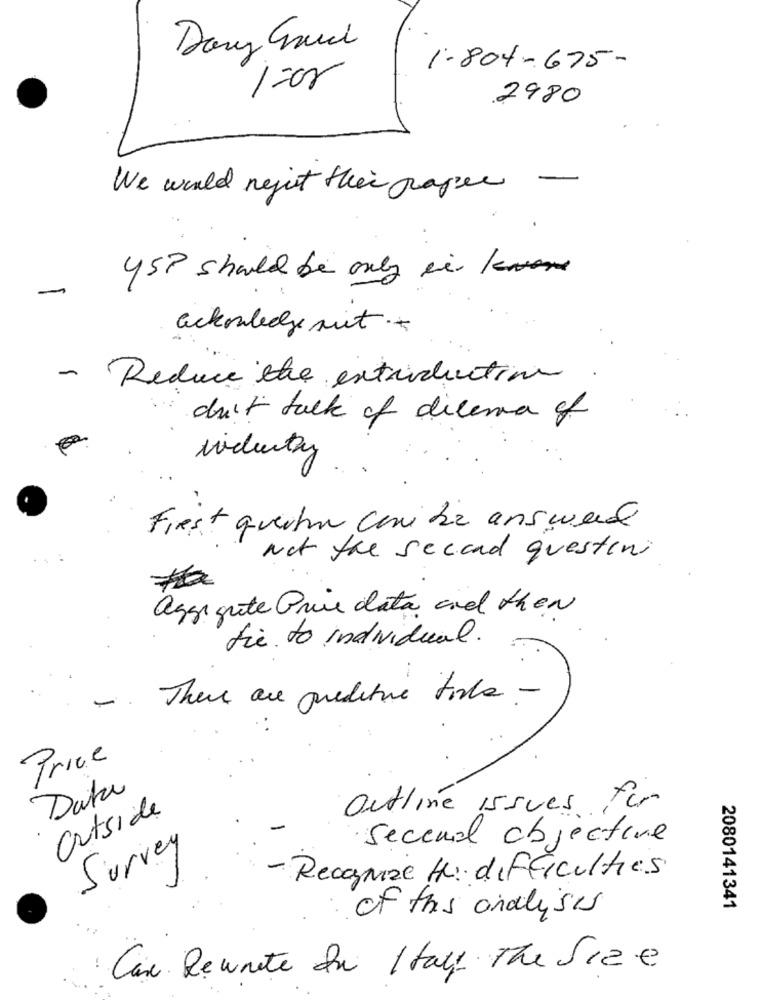
Dary Griech
1-804-675-
2980
We would nejist their graper -
457 should be only in know
-
ackowledge mit .+
-
Reduce the introduction
du't tack of dilema of
First quetu can be answered
Not the second questen
aggi gute Prive data and then
fie to individual.
-. There are predictive torka -
Price
Data
Outline issues für
Outside
·Second objective
Survey
- Recognize H: difficulties
of this analysis
2080141341
Can Rewrite In Italy The Size